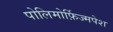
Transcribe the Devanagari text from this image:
पोलिमोर्फ़िज्मपेश